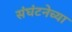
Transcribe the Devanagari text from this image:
संघंटनेच्या